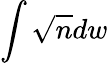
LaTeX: \int\sqrt{n}dw